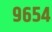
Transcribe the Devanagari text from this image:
९६५४